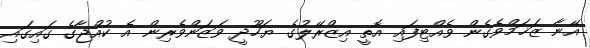
އޭނާ ޒަޚަމްވެގެން ވެއްޓިފައި އޮތީ އިޒްރޭލުގެ ޔަހޫދީ ވަޒަންވެރިން އެ ކުއްޖާގެ ގައިގައި